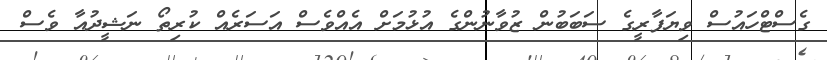
ގެސްޓްހައުސް ވިޔަފާރީގެ ސަބަބުން ޒުވާނުންގެ އުޅުމަށް އެއްވެސް އަސަރެއް ކުރިތޯ ނަޝީދުއާ ވެސް